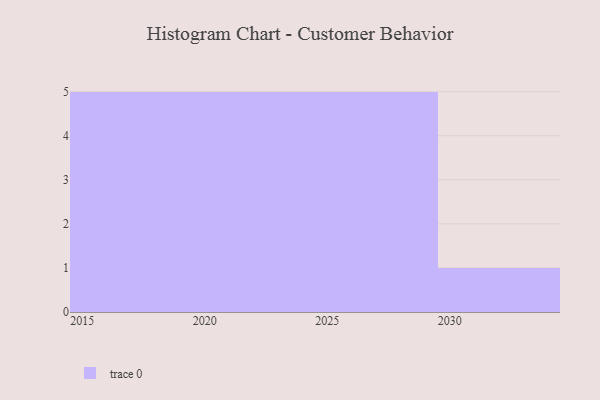
{"axis": {"x": "Year", "y": "Revenue (USD Million)"}, "legend": [""], "data": [{"x": "2028", "y": 23, "type": ""}, {"x": "2018", "y": 19, "type": ""}, {"x": "2021", "y": 70, "type": ""}, {"x": "2022", "y": 95, "type": ""}, {"x": "2015", "y": 54, "type": ""}, {"x": "2029", "y": 40, "type": ""}, {"x": "2027", "y": 46, "type": ""}, {"x": "2026", "y": 77, "type": ""}, {"x": "2024", "y": 1, "type": ""}, {"x": "2016", "y": 85, "type": ""}, {"x": "2017", "y": 95, "type": ""}, {"x": "2020", "y": 20, "type": ""}, {"x": "2023", "y": 63, "type": ""}, {"x": "2019", "y": 62, "type": ""}, {"x": "2025", "y": 54, "type": ""}, {"x": "2030", "y": 11, "type": ""}]}